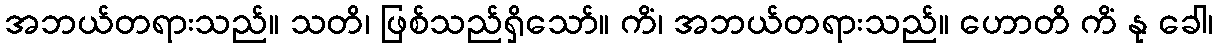
အဘယ်တရားသည်။ သတိ၊ ဖြစ်သည်ရှိသော်။ ကိံ၊ အဘယ်တရားသည်။ ဟောတိ ကိံ နု ခေါ၊